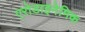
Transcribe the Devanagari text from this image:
एरोडाइनेमिक